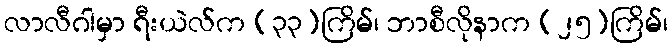
လာလီဂါမှာ ရီးယဲလ်က (၃၃)ကြိမ်၊ ဘာစီလိုနာက (၂၅)ကြိမ်၊